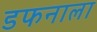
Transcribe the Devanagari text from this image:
डफनाला